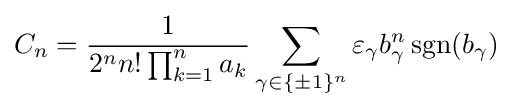
C_{n}={\frac {1}{2^{n}n!\prod _{k=1}^{n}a_{k}}}\sum _{\gamma \in \{\pm 1\}^{n}}\varepsilon _{\gamma }b_{\gamma }^{n}\operatorname {sgn} (b_{\gamma })